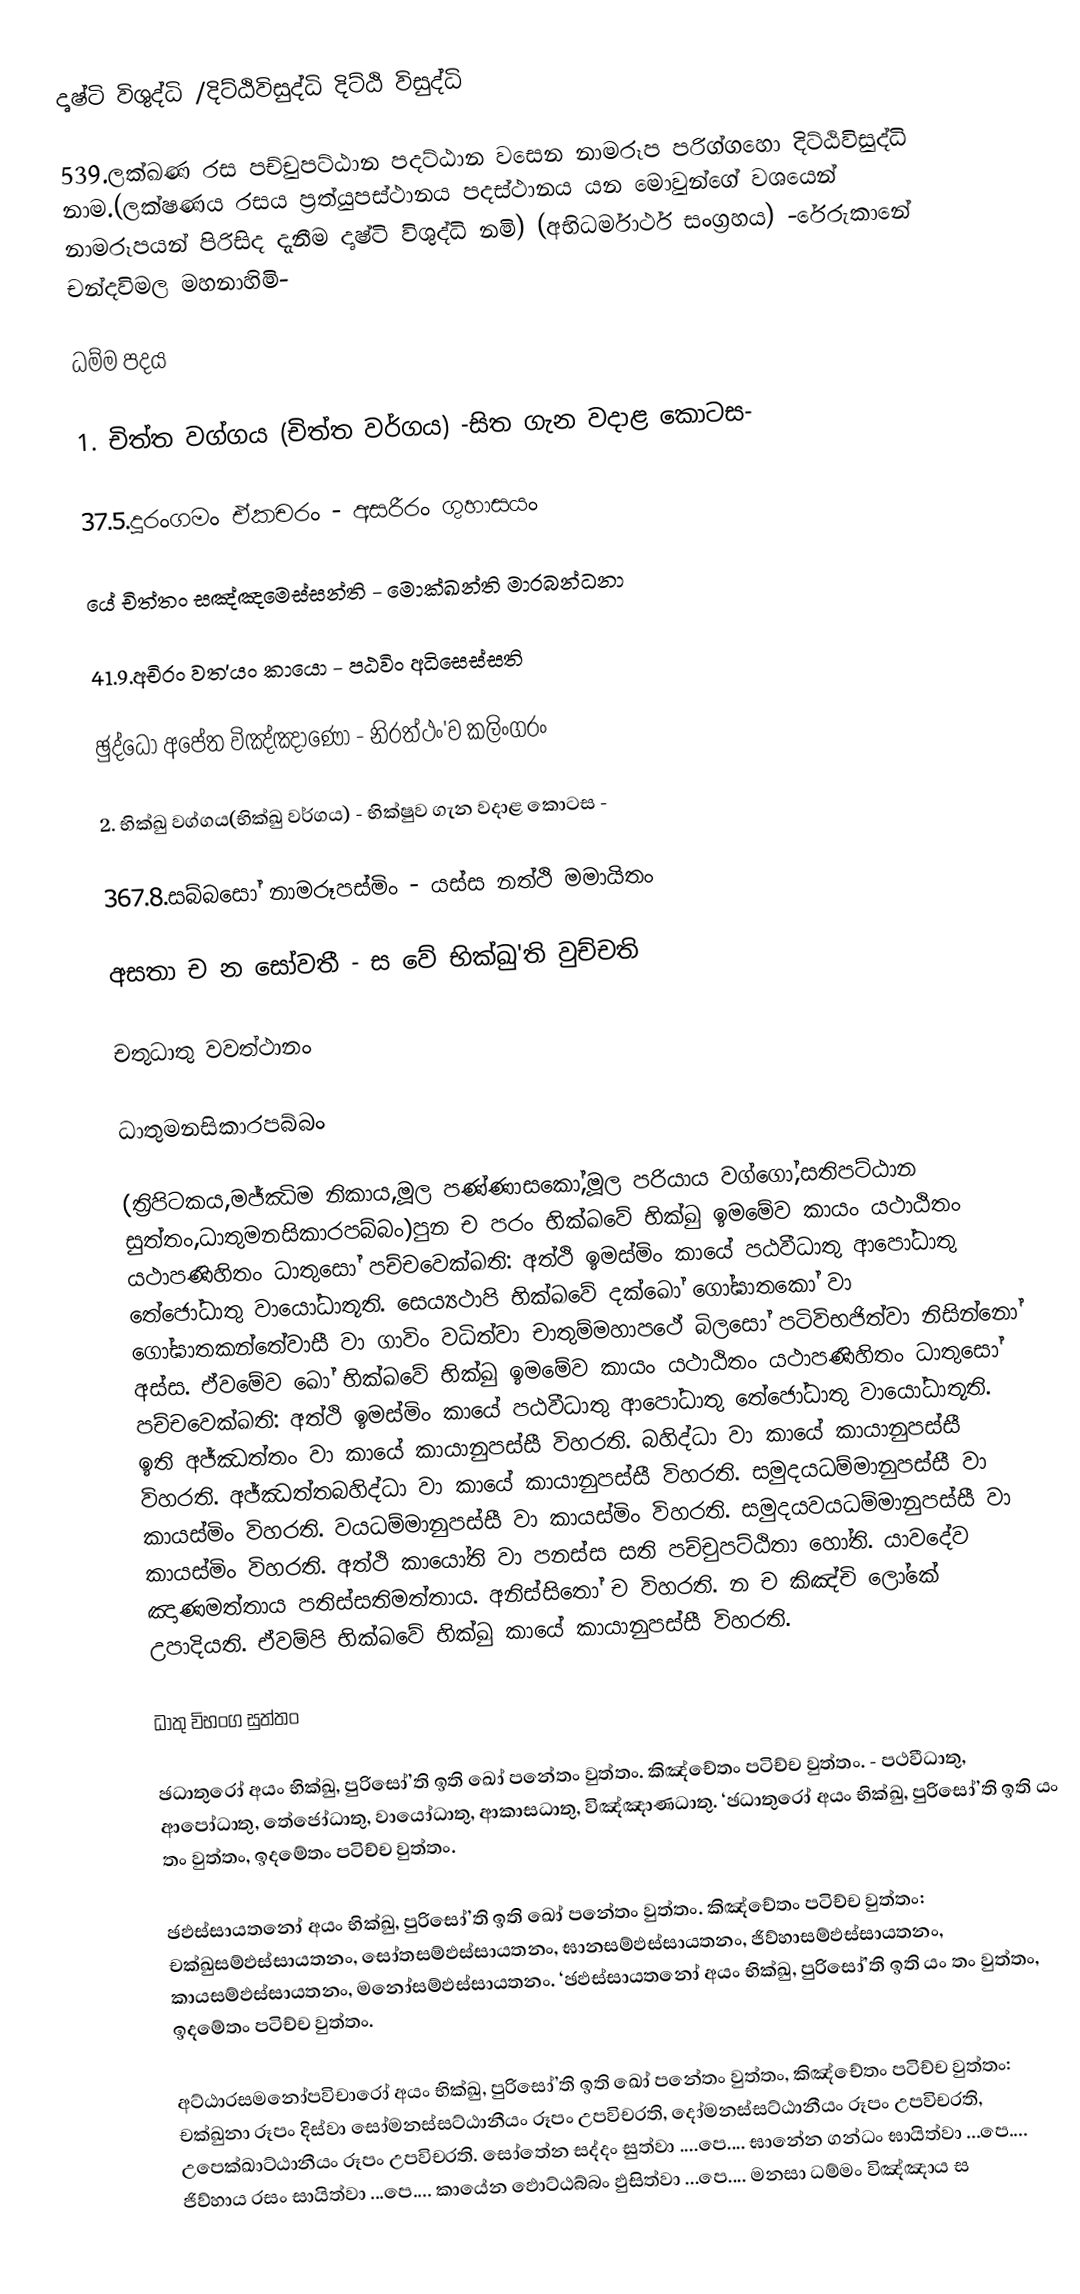
දෘෂ්ටි විශුද්ධි /දිට්ඨිවිසුද්ධි  දිට්ඨි විසුද්ධි

539.ලක්ඛණ රස පච්චුපට්ඨාන පදට්ඨාන වසෙන නාමරූප පරිග්ගහො දිට්ඨිවිසුද්ධි නාම.(ලක්ෂණය රසය ප්‍රත්යුපස්ථානය පදස්ථානය යන මොවුන්ගේ වශයෙන් නාමරූපයන් පිරිසිද   දැනීම දෘෂ්ටි විශුද්ධි නමි) (අභිධර්මාර්ථ සංග්‍රහය) -රේරුකානේ චන්දවිමල මහනාහිමි-

ධම්ම පදය

1. චිත්ත වග්ගය (චිත්ත වර්ගය) -සිත ගැන වදාළ කොටස-

37.5.දූරංගමං ඒකචරං - අසරීරං ගුහාසයං

යේ චිත්තං සඤ්ඤමෙස්සන්ති - මොක්ඛන්ති මාරබන්ධනා

41.9.අචිරං වත'යං කායො - පඨවිං අධිසෙස්සති

ඡුද්ධෝ අපේත විඤ්ඤාණෝ - නිරත්ථං'ව කලිංගරං

2. භික්ඛු වග්ගය(භික්ඛු වර්ගය) - භික්ෂුව ගැන වදාළ කොටස -

367.8.සබ්බසෝ නාමරූපස්මිං - යස්ස නත්ථි මමායිතං

අසතා ච න සෝවතී - ස වේ භික්ඛු'ති වුච්චති

චතුධාතු වවත්ථානං

ධාතුමනසිකාරපබ්බං

(ත්‍රිපිටකය,මජ්ඣිම නිකාය,මූල පණ්ණාසකෝ,මූල පරියාය වග්ගෝ,සතිපට්ඨාන සුත්තං,ධාතුමනසිකාරපබ්බං)පුන ච පරං භික්ඛවේ භික්ඛු ඉමමේව කායං යථාඨිතං යථාපණිහිතං ධාතුසෝ පච්චවෙක්ඛති: අත්ථි ඉමස්මිං කායේ පඨවීධාතු ආපෝධාතු තේජෝධාතු වායෝධාතූති. සෙය්‍යථාපි භික්ඛවේ දක්ඛෝ ගෝඝාතකෝ වා ගෝඝාතකන්තේවාසී වා ගාවිං වධිත්වා චාතුම්මහාපථේ බිලසෝ පටිවිභජිත්වා නිසින්නෝ අස්ස. ඒවමේව ඛෝ භික්ඛවේ භික්ඛු ඉමමේව කායං යථාඨිතං යථාපණිහිතං ධාතුසෝ පච්චවෙක්ඛති: අත්ථි ඉමස්මිං කායේ පඨවීධාතු ආපෝධාතු තේජෝධාතු වායෝධාතූති. ඉති  අජ්ඣත්තං වා කායේ කායානුපස්සී විහරති. බහිද්ධා වා කායේ කායානුපස්සී විහරති. අජ්ඣත්තබහිද්ධා වා කායේ කායානුපස්සී විහරති. සමුදයධම්මානුපස්සී වා කායස්මිං විහරති. වයධම්මානුපස්සී වා කායස්මිං විහරති. සමුදයවයධම්මානුපස්සී වා කායස්මිං විහරති. අත්ථි කායෝති වා පනස්ස සති පච්චුපට්ඨිතා හෝති. යාවදේව ඤාණමත්තාය පතිස්සතිමත්තාය. අනිස්සිතෝ ච විහරති. න ච කිඤ්චි ලෝකේ උපාදියති. ඒවම්පි භික්ඛවේ භික්ඛු කායේ කායානුපස්සී විහරති.

ධාතු විභංග සුත්තං

ඡධාතුරෝ අයං භික්ඛු, පුරිසෝ’ති ඉති ඛෝ පනේතං වුත්තං. කිඤ්චේතං පටිච්ච වුත්තං. - පථවීධාතු, ආපෝධාතු, තේජෝධාතු, වායෝධාතු, ආකාසධාතු, විඤ්ඤාණධාතු. ‘ඡධාතුරෝ අයං භික්ඛු, පුරිසෝ’ති ඉති යං තං වුත්තං, ඉදමේතං පටිච්ච වුත්තං.

ඡඵස්සායතනෝ අයං භික්ඛු, පුරිසෝ’ති ඉති ඛෝ පනේතං වුත්තං. කිඤ්චේතං පටිච්ච වුත්තං: චක්ඛුසම්ඵස්සායතනං, සෝතසම්ඵස්සායතනං, ඝානසම්ඵස්සායතනං, ජිව්හාසම්ඵස්සායතනං, කායසම්ඵස්සායතනං, මනෝසම්ඵස්සායතනං. ‘ඡඵස්සායතනෝ අයං භික්ඛු, පුරිසෝ’ති ඉති යං තං වුත්තං, ඉදමේතං පටිච්ච වුත්තං.

අට්ඨාරසමනෝපවිචාරෝ අයං භික්ඛු, පුරිසෝ’ති ඉති ඛෝ පනේතං වුත්තං, කිඤ්චේතං පටිච්ච වුත්තං: චක්ඛුනා රූපං දිස්වා සෝමනස්සට්ඨානීයං රූපං උපවිචරති, දෝමනස්සට්ඨානීයං රූපං උපවිචරති, උපෙක්ඛාට්ඨානීයං රූපං උපවිචරති. සෝතේන සද්දං සුත්වා ....පෙ.... ඝානේන ගන්ධං ඝායිත්වා ...පෙ....  ජිව්හාය රසං සායිත්වා ...පෙ....  කායේන ඵොට්ඨබ්බං ඵුසිත්වා ...පෙ....  මනසා ධම්මං විඤ්ඤාය ස